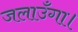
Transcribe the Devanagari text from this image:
जलाउँगा।